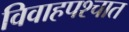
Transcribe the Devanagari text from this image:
विवाहपश्चात